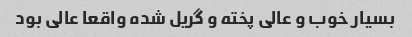
بسیار خوب و عالی پخته و گریل شده واقعا عالی بود